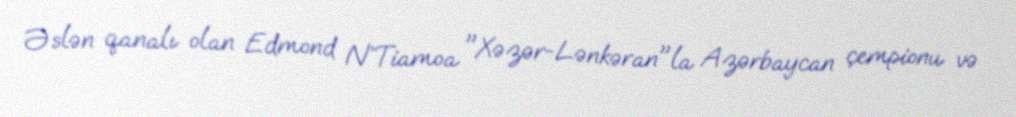
Əslən qanalı olan Edmond N’Tiamoa "Xəzər-Lənkəran"la Azərbaycan çempionu və